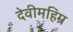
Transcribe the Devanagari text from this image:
देवीमहिम्र